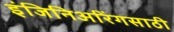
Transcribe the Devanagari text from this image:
इंजिनिअरिंगसाठी